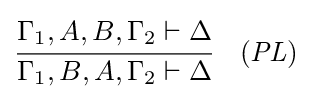
{\cfrac {\Gamma _{1},A,B,\Gamma _{2}\vdash \Delta }{\Gamma _{1},B,A,\Gamma _{2}\vdash \Delta }}\quad ({\mathit {PL}})